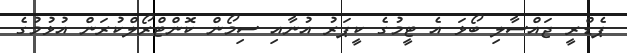
ޕެޑްރީ ޖައްސާލި ބޯޅަ އެ ޓީމުގެ ކީޕަރު އުނާއި ސިމޯން ކޮންޓްރޯލްކުރަން އުޅުމުގެ